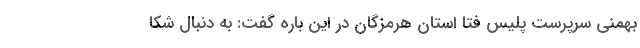
بهمنی سرپرست پلیس فتا استان هرمزگان در این باره گفت: به دنبال شکا